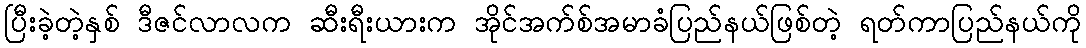
ပြီးခဲ့တဲ့နှစ် ဒီဇင်လာလက ဆီးရီးယားက အိုင်အက်စ်အမာခံပြည်နယ်ဖြစ်တဲ့ ရတ်ကာပြည်နယ်ကို